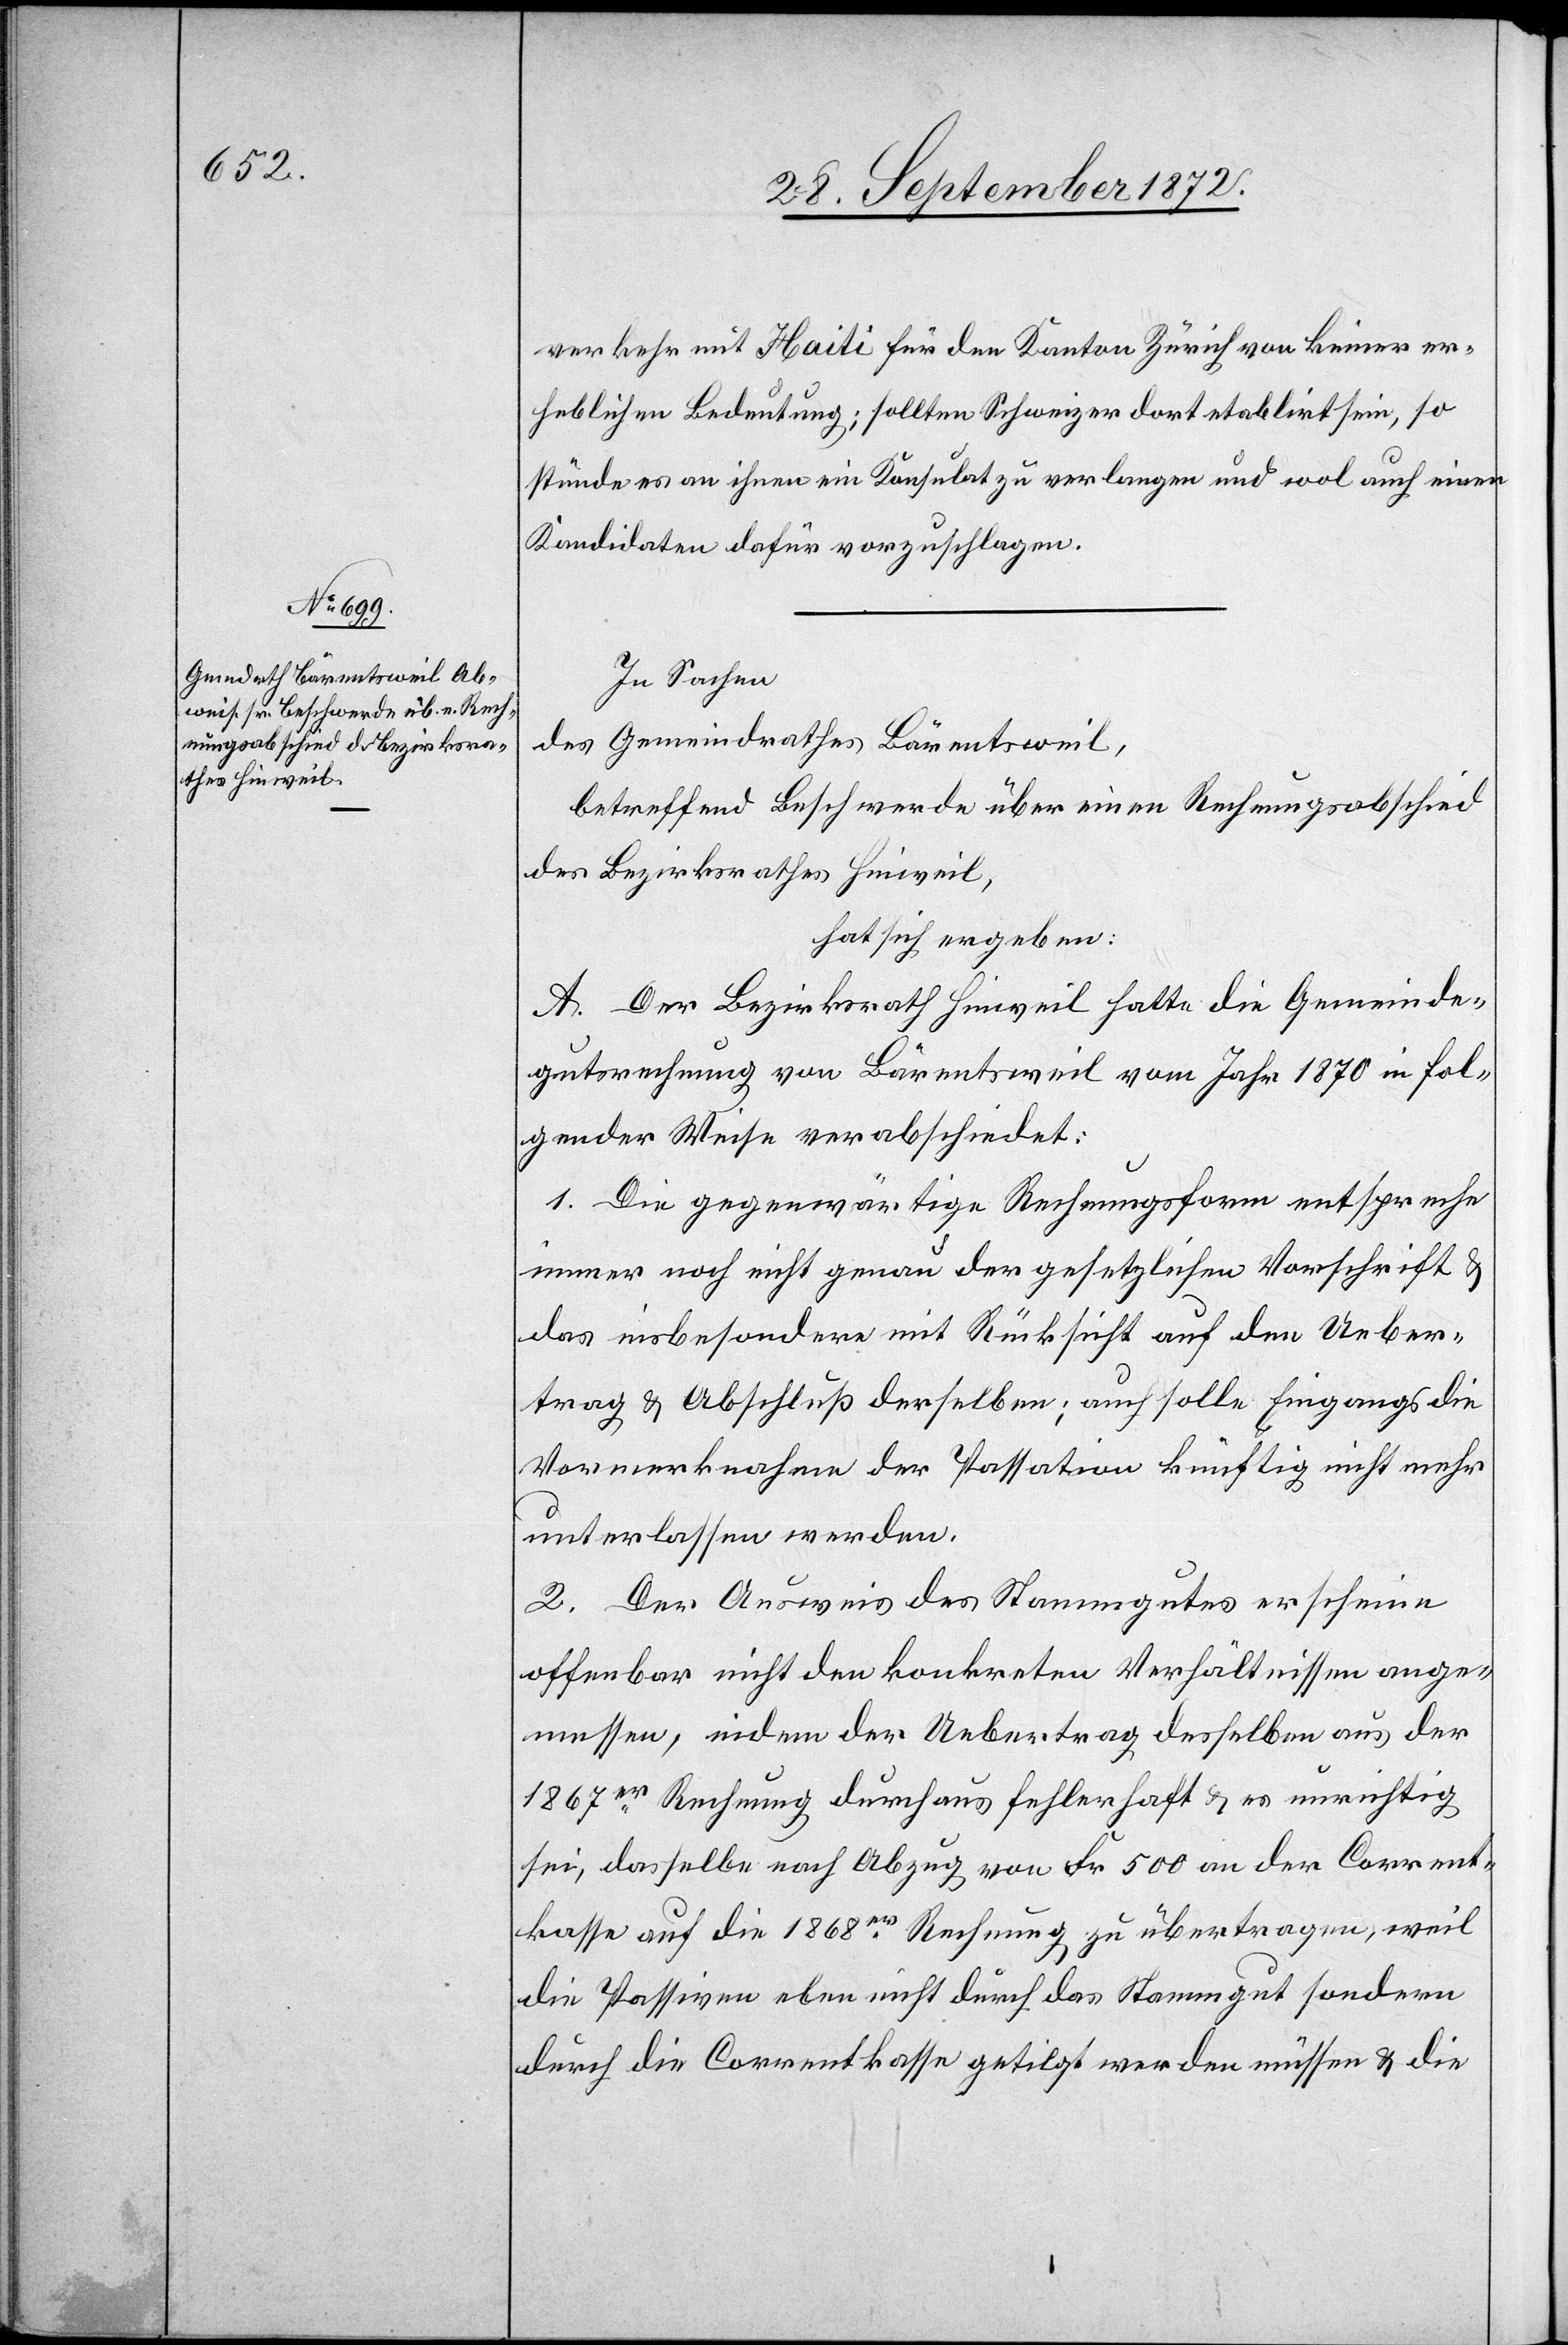
verkehr mit Haiti für den Kanton Zürich keiner er¬
heblichen Bedeutung; sollten Schweizer dort etablirt sein, so
stünde es an ihnen ein Konsulat zu verlangen und wol auch einen
Kandidaten dafür vorzuschlagen.
In Sachen
des Gemeindrathes Bärentsweil,
betreffend Beschwerde über einen Rechnungsabschied
des Bezirksrathes Hinweil,
hat sich ergeben:
A. Der Bezirksrath Hinweil halte die Gemeinde¬
gutsrechnung von Bärentsweil vom Jahr 1870 in fol¬
gender Weise verabschiedet:
1. Die gegenwärtige Rechnungsform entspreche
immer noch nicht genau der gesetzlichen Vorschrift u.
das insbesondere mit Rücksicht auf den Ueber¬
trag u. Abschluß derselben; auch solle eingangs die
Vormerknahme der Passation künftig nicht mehr
unterlassen werden.
2. Der Ausweis des Stammgutes erscheine
offenbar nicht den konkreten Verhältnissen ange¬
messen, indem der Uebertrag desselben aus den
1867er Rechnung durchaus fehlerhaft u. es unrichtig
sei, dasselbe nach Abzug von Fr. 500 an der Corrent¬
kasse auf die 1868er Rechnung zu übertragen, weil
die Passiven aber nicht durch das Stammgut sondern
durch die Correntkasse getilgt werden müssen u. die